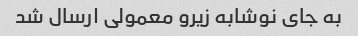
به جای نوشابه زیرو معمولی ارسال شد